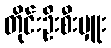
တိုင်းဦးစီးမှူး